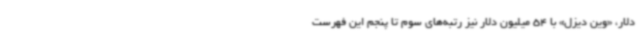
دلار، «وین دیزل» با 54 میلیون دلار نیز رتبه‌های سوم تا پنجم این فهرست